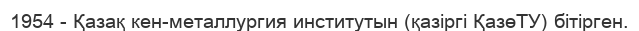
1954 - Қазақ кен-металлургия институтын (қазіргі ҚазөТУ) бітірген.